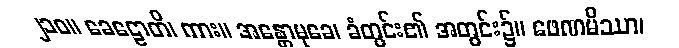
၂၁၀။ ခေဠောတိ၊ ကား။ အန္တောမုခေ၊ ခံတွင်း၏ အတွင်း၌။ ဖေဏမိဿာ၊